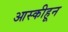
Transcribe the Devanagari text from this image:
आस्कीहून